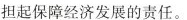
担起保障经济发展的责任。